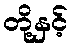
တို့နှင့်